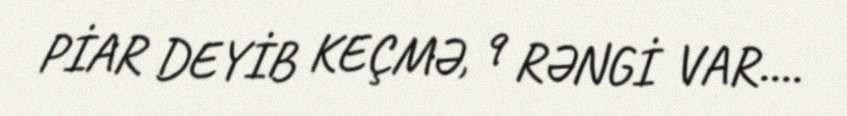
PİAR DEYİB KEÇMƏ, 9 RƏNGİ VAR....